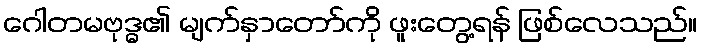
ဂေါတမဗုဒ္ဓ၏ မျက်နှာတော်ကို ဖူးတွေ့ရန် ဖြစ်လေသည်။